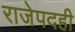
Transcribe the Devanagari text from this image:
राजेपदही